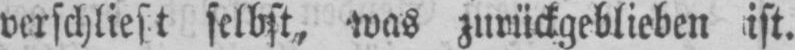
ist.